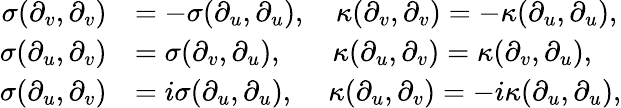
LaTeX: \begin{array}{rl}{\sigma(\partial_{v},\partial_{v})}&{=-\sigma(\partial_{u},\partial_{u}),\quad\kappa(\partial_{v},\partial_{v})=-\kappa(\partial_{u},\partial_{u}),}\\ {\sigma(\partial_{u},\partial_{v})}&{=\sigma(\partial_{v},\partial_{u}),\quad\; \; \, \kappa(\partial_{u},\partial_{v})=\kappa(\partial_{v},\partial_{u}),}\\ {\sigma(\partial_{u},\partial_{v})}&{=i\sigma(\partial_{u},\partial_{u}),\quad\, \kappa(\partial_{u},\partial_{v})=-i\kappa(\partial_{u},\partial_{u}),}\end{array}